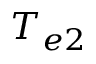
T _ { e 2 }